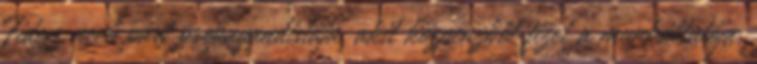
Fidesz nevű párt propagandistája, akit közpénzből fizet a munkáltatója.